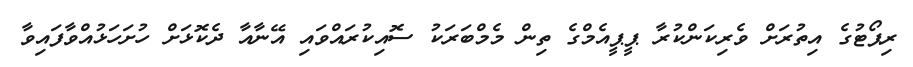
ރިޕޯޓުގެ އިތުރަށް ވެރިކަންކުރާ ޕީޕީއެމްގެ ތިން މެމްބަރަކު ސޮއިކުރައްވައި އޭނާއާ ދެކޮޅަށް ހުށަހަޅުއްވާފައިވާ